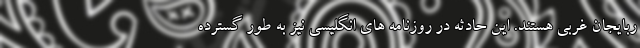
ربایجان غربی هستند. این حادثه در روزنامه های انگلیسی نیز به طور گسترده